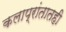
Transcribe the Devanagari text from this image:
कलाप्रांतातही